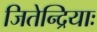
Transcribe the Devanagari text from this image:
जितेन्द्रियाः